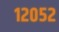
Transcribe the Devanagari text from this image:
१२०५२